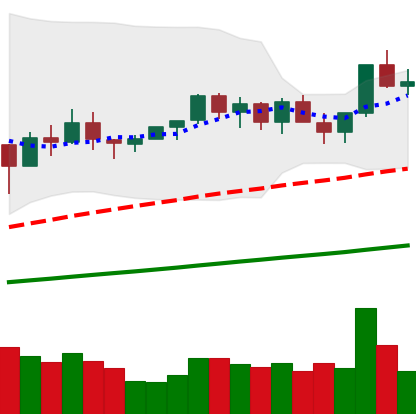
Ticker: NEO-USD
Chart end date: 2021-03-19
Forward return: -9.726%
Label: down_7plus